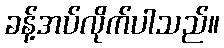
ခန့်အပ်လိုက်ပါသည်။